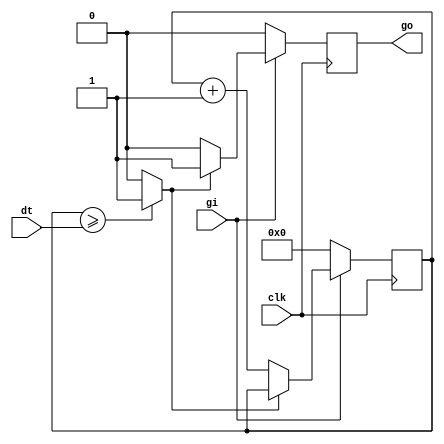
`timescale 1ns / 1ps
//////////////////////////////////////////////////////////////////////////////////
// Company: POWERLAB, DEPARTAMENTO DE ELECTRONICA, UTFSM
//
// Design Name:
// Module Name:    Dead_Time_Geneartr
// Project Name:
// Target Devices:
// Tool versions:
// Description:	El modulo recibe una senal digital de 1 bit, y entrega la misma
//						senal de entrada con un retardo en el canto de subida. Este
//						retardo llamado tiempo muerto, es configurable con una palabra
//						de 10 bits, que permite fijar tiempos en pasos de un periodo del 
//						reloj del reloj de 150MHz, que tambien debe recibir.
//
// Dependencies:	Depende de una senal de reloj, la configuracion del tiempo
//						muerto y de la senal de entrada.
//							clk	- Entrada de 150MHz
//							dt		- Tiempo muerto
//							gi		- Senal de entrada
//
// Revision:
// Revision 0.01 - File Created
// Additional Comments:
//
//////////////////////////////////////////////////////////////////////////////////
module Dead_Time_Generator(clk, dt, gi, go);

	(* clock_signal = "yes" *)
	input               	clk;        //Reloj principal de 150MHz
	input   	[4:0]   	dt;         //Configuracion de tiempos muertos
	input               	gi;         //Senal a retardar (tiempo muerto)
	output reg          	go;         //Senal retardada (tiempo muerto)
	//----------------------------------------------------------------------------
	//Variables internas
	wire             		dt_end;    	//Senal de fin del tiempo muerto
	reg     [4:0]       	count_dt;   //Contador para el tiempo  muerto
	///////////////////////////////////////////////////////////////////////////////
	
	//Comparacion asincronica de el contador de tiempo muerto
	assign dt_end = ( count_dt >= dt ) ? 1 : 0;
	
	//Conteo para retardar el canto de subida, tiempo muerto
	always @(posedge clk) begin
	  if (gi == 0)
			count_dt = 0;
	  else
			if (!dt_end)
				 count_dt = count_dt + 1;
	end
	
	//----------------------------------------------------------------------------
	//Generacion de senal de salida
	always @(posedge clk)begin
	  if (gi == 0)
			go = 0;
	  else
			if (dt_end)
				 go = 1;
			else
				 go = 0;
	end
	///////////////////////////////////////////////////////////////////////////////
endmodule